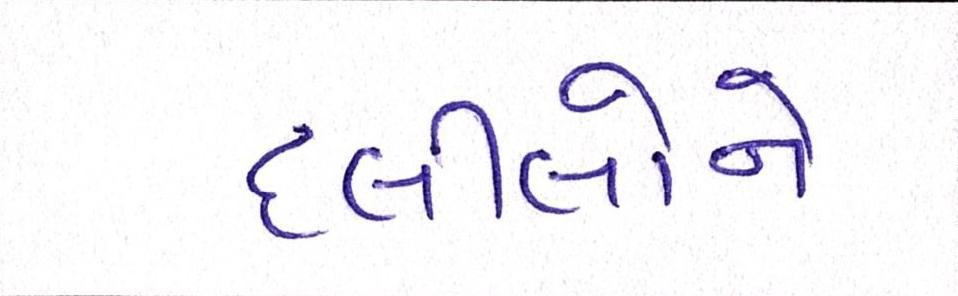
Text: દલીલોને